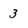
Character: 3